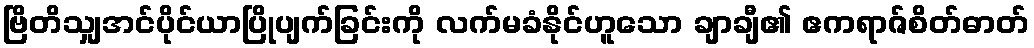
ဗြိတိသျှအင်ပိုင်ယာပြိုပျက်ခြင်းကို လက်မခံနိုင်ဟူသော ချာချီ၏ ဧကရာဇ်စိတ်ဓာတ်